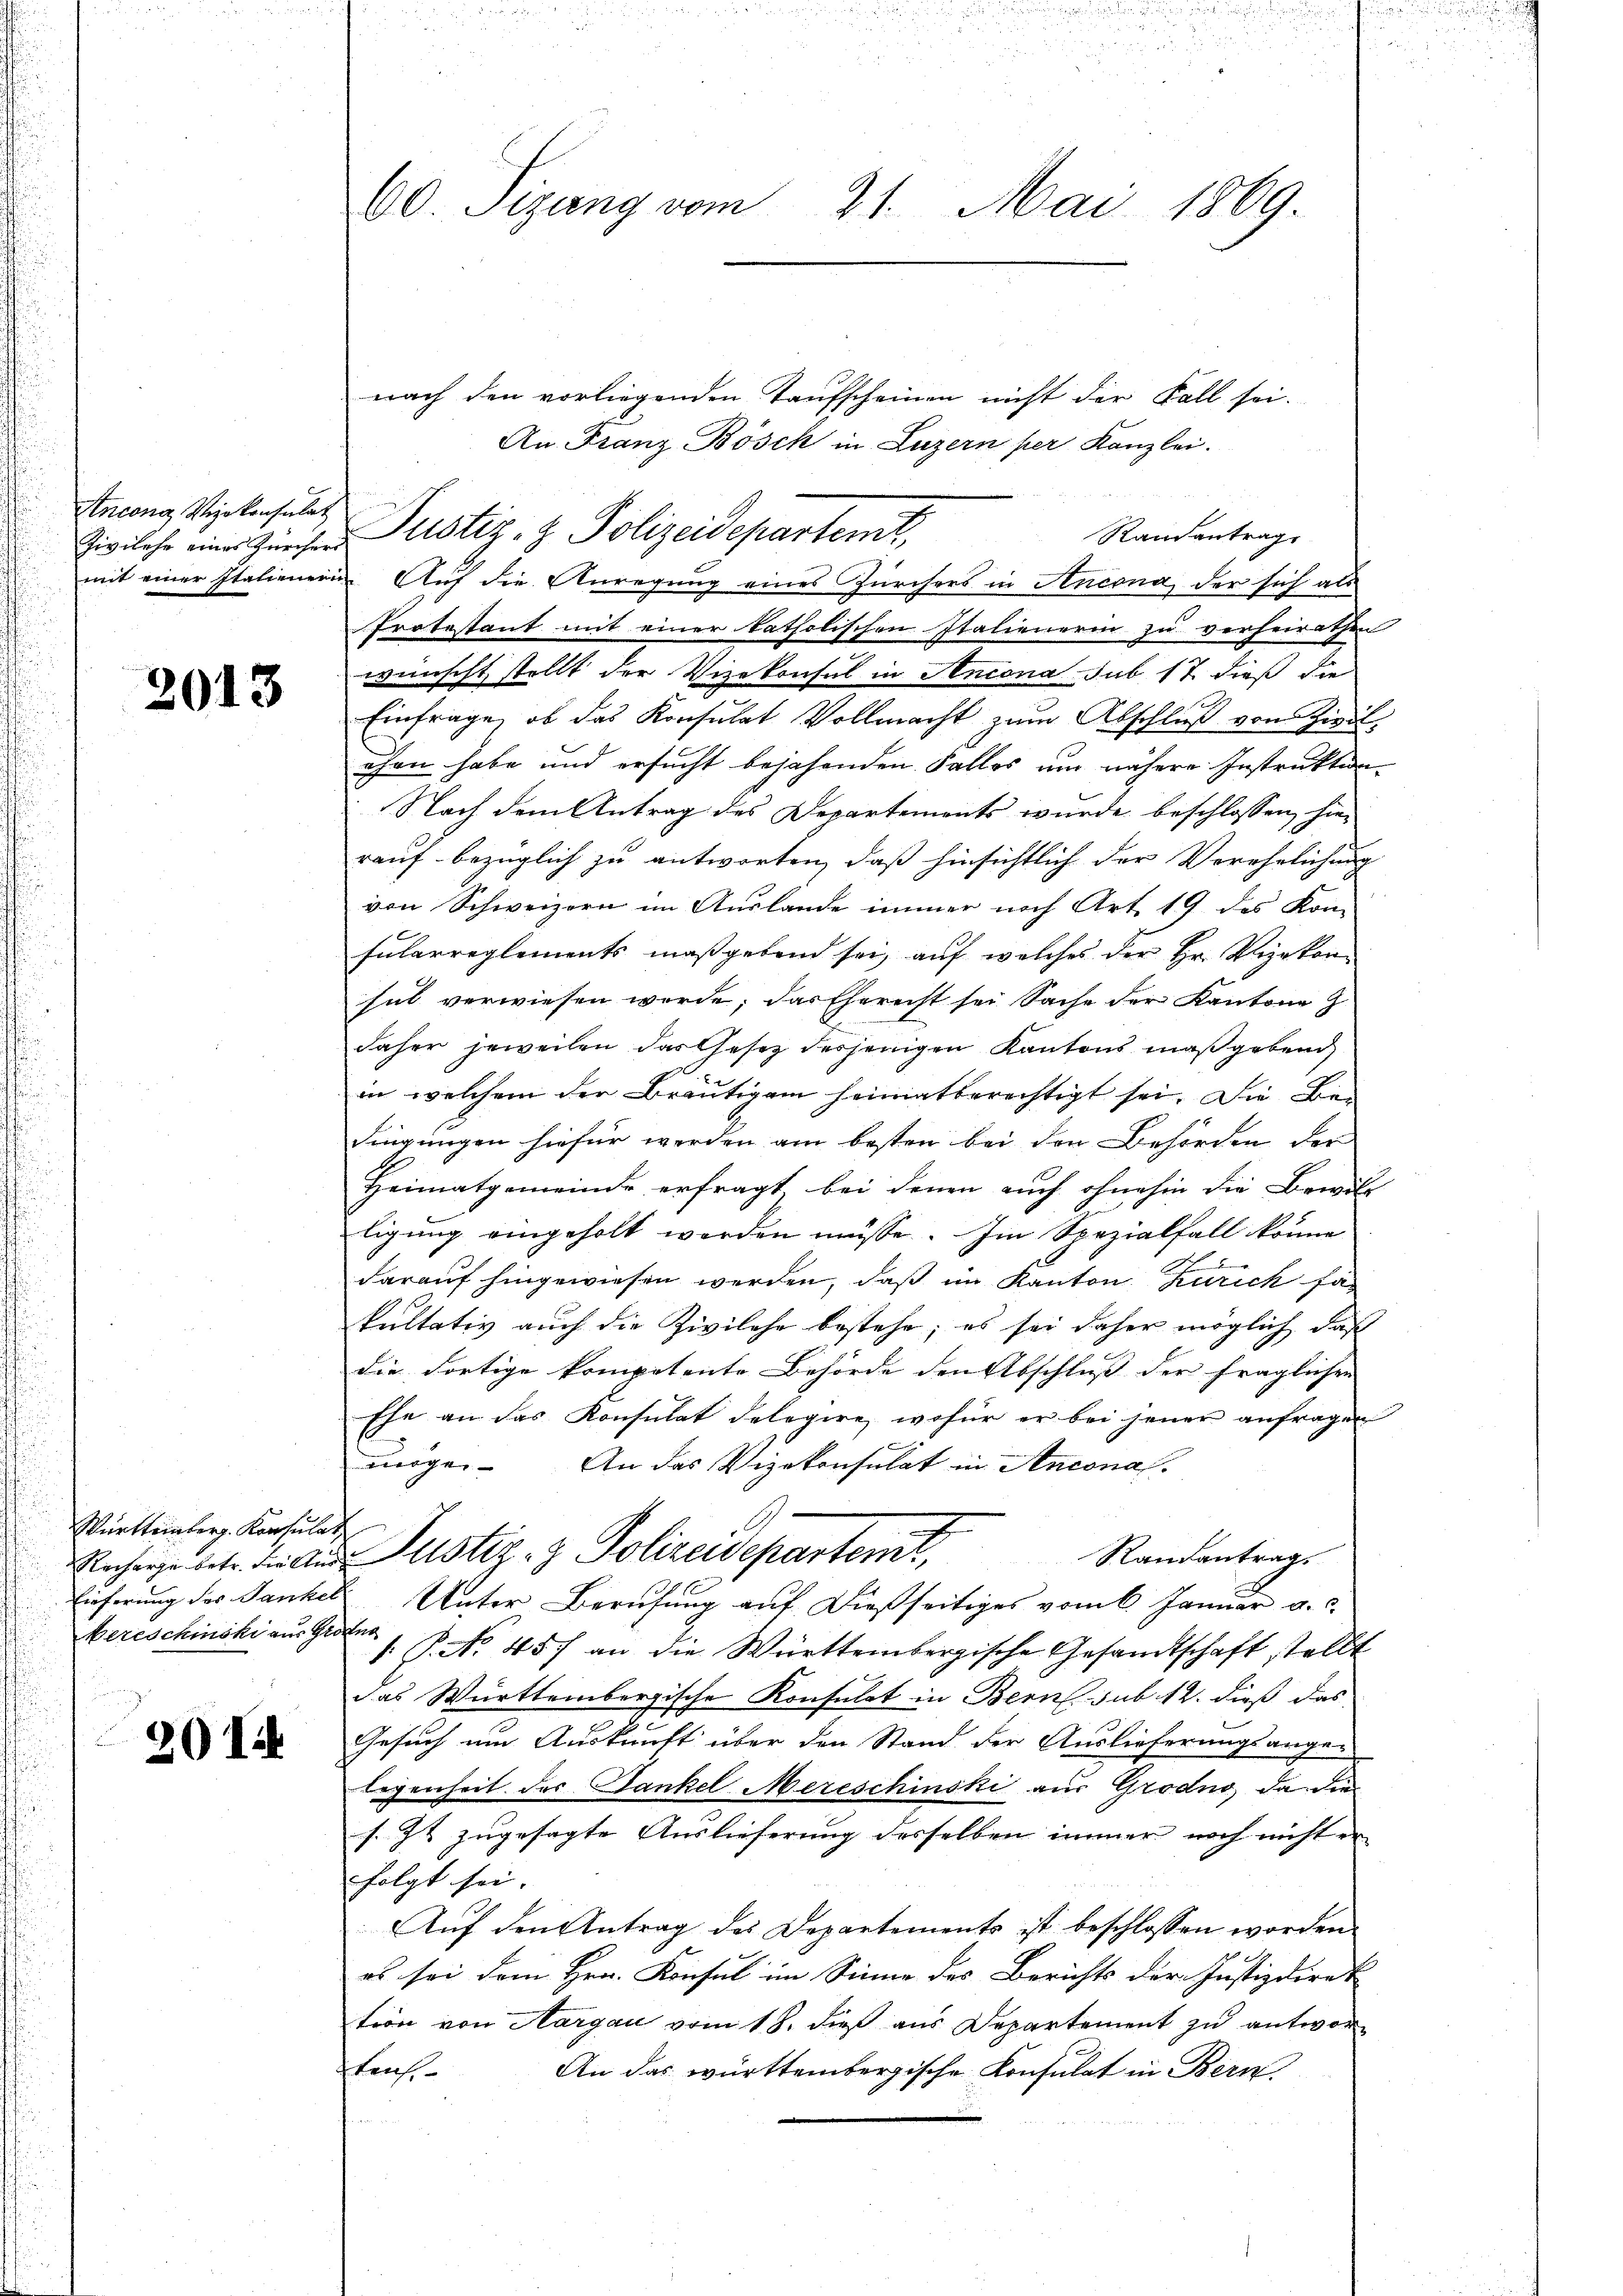
Zivilehe eines Zürchers
mit einer statiener

2013

Württemberg. Konsulat
Mereschinski aus Grotes

20 I

60. Sizung vom 21. Mai 1869.

nach den vorliegenden Taufscheinen nicht der Fall sei.
An Franz Bösch in Luzern per Kanzlei.
Randantrage
in Auf die Anregung eines Zürchers in Ancona, der sich als
Protestant mit einer katholischen Italienerin zu verheirathen
wünscht stellt der Vizekonsul in Ancona sub 17 dieß die
Einfrage, ob das Konsulat Vollmacht zum Abschluß von Zivil-
uhen habe und ersucht bejahenden Falles um nähere Instruktion
Nach dem Antrag des Departements wurde beschlossen hier
rauf bezüglich zu antworten, daß hinsichtlich der Verehelichung
von Schweizern im Auslande immer nach Art. 19. des Kon-
Fularreglements maßgebend sei, auf welches der Hr. Vizekonhal verwiesen werde; das Eherecht sei Sache der Kantone Z
daher jeweilen das Gesetz desjenigen Kantons maßgebend
in welchem der Bräutigam heimatberechtigt sei. Die Be¬
Singungen hiefür werden am besten bei den Behörden der
Heimatgemeinde erfragt, bei denen auch ohnehin die Bewill
ligung eingeholt werden müsse. Im Spezialfall könne
darauf hingewiesen werden, daß im Kanton Zürich sa
kultativ auch die Zivilehe bestehe; es sei daher möglich, daß
die Fortige kompetente Behörde den Abschluss der fraglichen |
Ehe an das Konsulat delegire, wofür er bei jener anfragen
u
mögen. An das Vizekonsulat in Anconas.
Randantrag.
Recharge betr. die Aŭs- Pustiz- & Polizeidepartent
Eieferung des Sankel Unter Berufung auf dießseitiges vom 6. Januar a.c.
 P. No. 457 an die Württembergische Gesandtschaft stellt
das Württembergische Konsulat in Bern sub. 12. dieß das
Gesuch um Auskunft über den Stand der Auslieferungsange-
legenheit des Dankel Mereschinski aus Grodno da die
s. Zt. zugesagte Auslieferung desselben immer noch nicht er
folgt sei. |
Auf den Antrag des Departements ist beschlossen worden
es sei dem Hrn. Konsul im Sinne des Berichts der Justizdirek
tion von Aargau vom 18. dieß aus Departement zu antworfkraf
An das württembergische Konsulat in Bern,

ncong Wintersuches Justiz- & Polizeidepartemt,